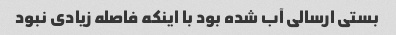
بستی ارسالی آب شده بود با اینکه فاصله زیادی نبود